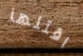
اقتلها